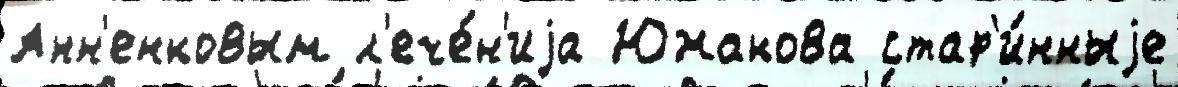
Анн'енковым л'ече́н'иjа Южакова стар'и́нныjе